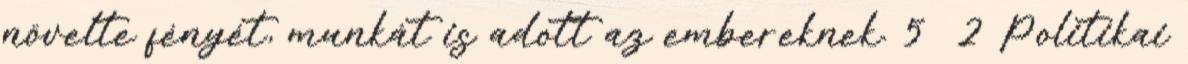
növelte fényét, munkát is adott az embereknek. 5 2 Politikai